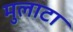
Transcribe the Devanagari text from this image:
मुलाटा